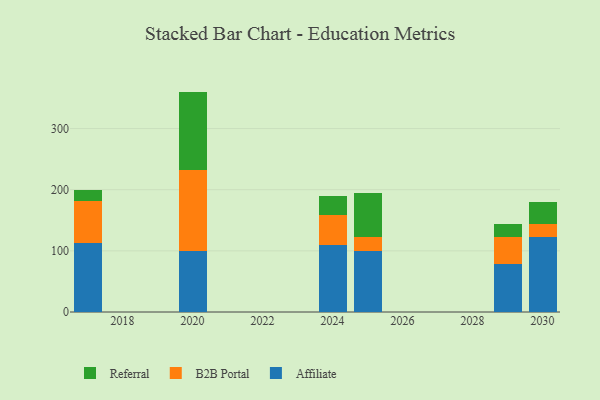
{"axis": {"x": "Year", "y": "Market Share (%)"}, "legend": ["Affiliate", "B2B Portal", "Referral"], "data": [{"x": "2029", "y": 78.4, "type": "Affiliate"}, {"x": "2029", "y": 44.1, "type": "B2B Portal"}, {"x": "2029", "y": 21.6, "type": "Referral"}, {"x": "2024", "y": 109.5, "type": "Affiliate"}, {"x": "2024", "y": 48.5, "type": "B2B Portal"}, {"x": "2024", "y": 32.4, "type": "Referral"}, {"x": "2025", "y": 99.6, "type": "Affiliate"}, {"x": "2025", "y": 23.3, "type": "B2B Portal"}, {"x": "2025", "y": 71.4, "type": "Referral"}, {"x": "2017", "y": 113.4, "type": "Affiliate"}, {"x": "2017", "y": 67.9, "type": "B2B Portal"}, {"x": "2017", "y": 18.4, "type": "Referral"}, {"x": "2030", "y": 122.1, "type": "Affiliate"}, {"x": "2030", "y": 21.7, "type": "B2B Portal"}, {"x": "2030", "y": 36.0, "type": "Referral"}, {"x": "2020", "y": 99.7, "type": "Affiliate"}, {"x": "2020", "y": 133.1, "type": "B2B Portal"}, {"x": "2020", "y": 127.6, "type": "Referral"}]}